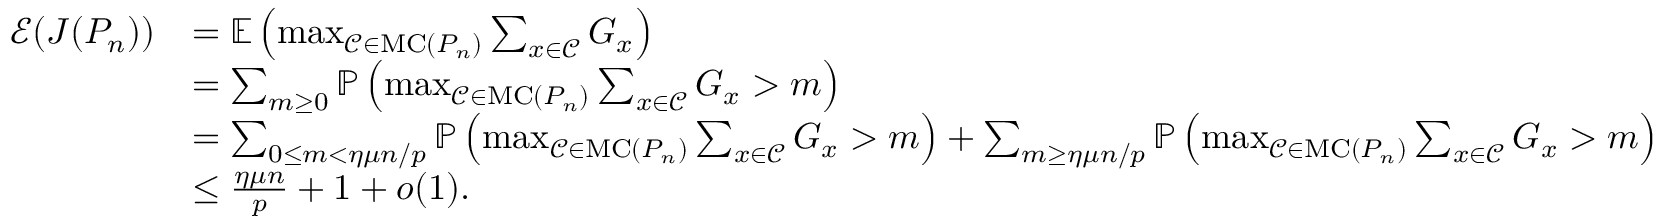
\begin{array} { r l } { \mathcal E ( J ( P _ { n } ) ) } & { = \mathbb E \left( \operatorname* { m a x } _ { \mathcal C \in \mathrm { M C } ( P _ { n } ) } \sum _ { x \in \mathcal C } G _ { x } \right) } \\ & { = \sum _ { m \geq 0 } \mathbb { P } \left( \operatorname* { m a x } _ { \mathcal C \in \mathrm { M C } ( P _ { n } ) } \sum _ { x \in \mathcal C } G _ { x } > m \right) } \\ & { = \sum _ { 0 \leq m < \eta \mu n / p } \mathbb { P } \left( \operatorname* { m a x } _ { \mathcal C \in \mathrm { M C } ( P _ { n } ) } \sum _ { x \in \mathcal C } G _ { x } > m \right) + \sum _ { m \geq \eta \mu n / p } \mathbb { P } \left( \operatorname* { m a x } _ { \mathcal C \in \mathrm { M C } ( P _ { n } ) } \sum _ { x \in \mathcal C } G _ { x } > m \right) } \\ & { \leq \frac { \eta \mu n } { p } + 1 + o ( 1 ) . } \end{array}